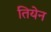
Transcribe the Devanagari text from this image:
तियेन